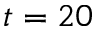
t = 2 0